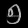
Digit: ၅